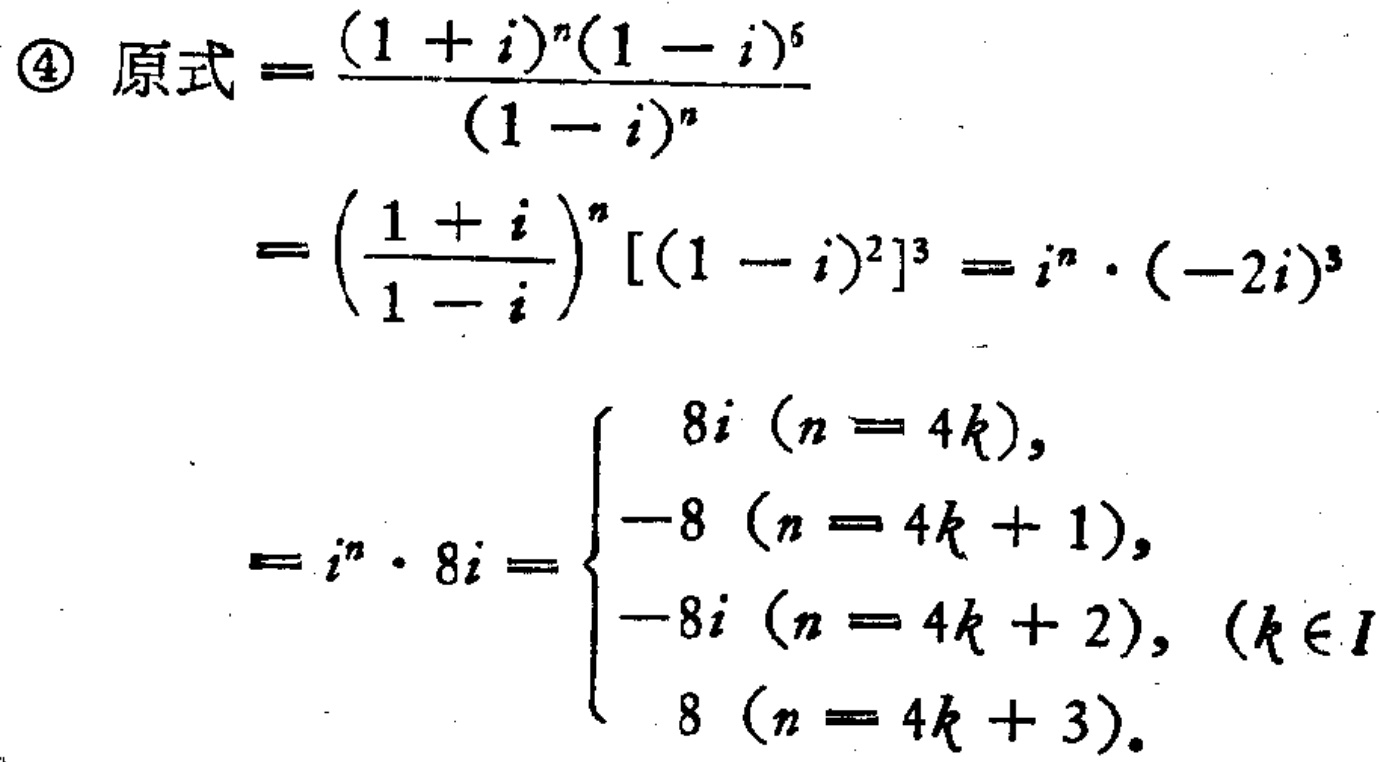
\[

\begin{align*}

\textcircled{4}\ 原式&=\frac{(1 + i)^n(1 - i)^6}{(1 - i)^n}\\

&=\left(\frac{1 + i}{1 - i}\right)^n[(1 - i)^2]^3 = i^n\cdot(-2i)^3\\

&=i^n\cdot 8i =

\begin{cases}

8i\ (n = 4k),\\

-8\ (n = 4k + 1),\\

-8i\ (n = 4k + 2),\ (k\in I)\\

8\ (n = 4k + 3).

\end{cases}

\end{align*}

\]